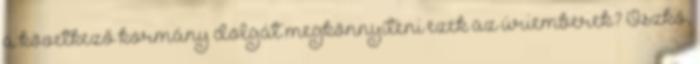
a következő kormány dolgát megkönnyíteni ezek az úriemberek? Oszkó,